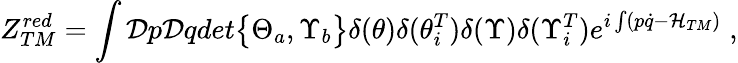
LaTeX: Z_{TM}^{red}=\int{\cal D}p{\cal D}qdet{\bigl\{ \Theta_{a},\Upsilon_{b}\bigr\} }\delta(\theta)\delta({\theta}_{i}^{T})\delta(\Upsilon)\delta({\Upsilon}_{i}^{T})e^{i\int(p\dot{q}-{\cal H}_{TM})}\; ,